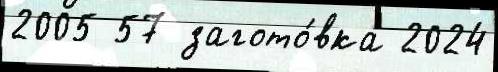
2005 57 загото́вка 2024